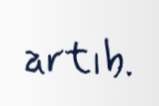
artıb.